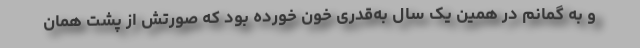
و به گمانم در همین یک سال به‌قدری خون خورده بود که صورتش از پشت همان